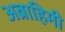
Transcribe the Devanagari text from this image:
अब्राहिमी